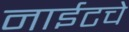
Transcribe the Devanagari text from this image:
नाईटचे